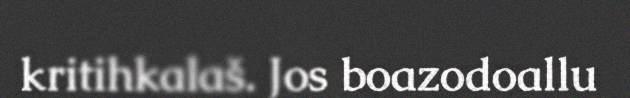
kritihkalaš. Jos boazodoallu